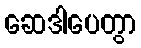
ဆေဒါပေတွာ